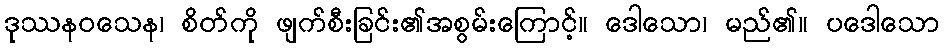
ဒုဿနဝသေန၊ စိတ်ကို ဖျက်စီးခြင်း၏အစွမ်းကြောင့်။ ဒေါသော၊ မည်၏။ ပဒေါသော